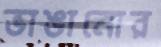
ভাঙানোর